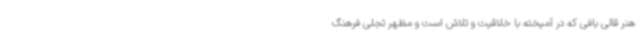
هنر قالی بافی که در آمیخته با خلاقیت و تلاش است و مظهر تجلی فرهنگ